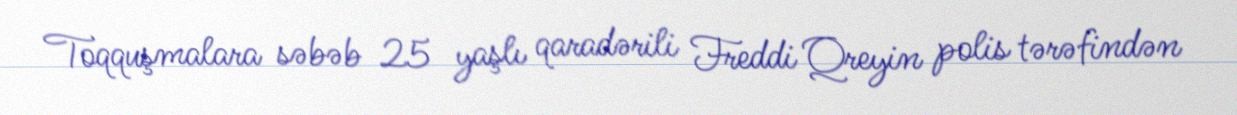
Toqquşmalara səbəb 25 yaşlı qaradərili Freddi Qreyin polis tərəfindən